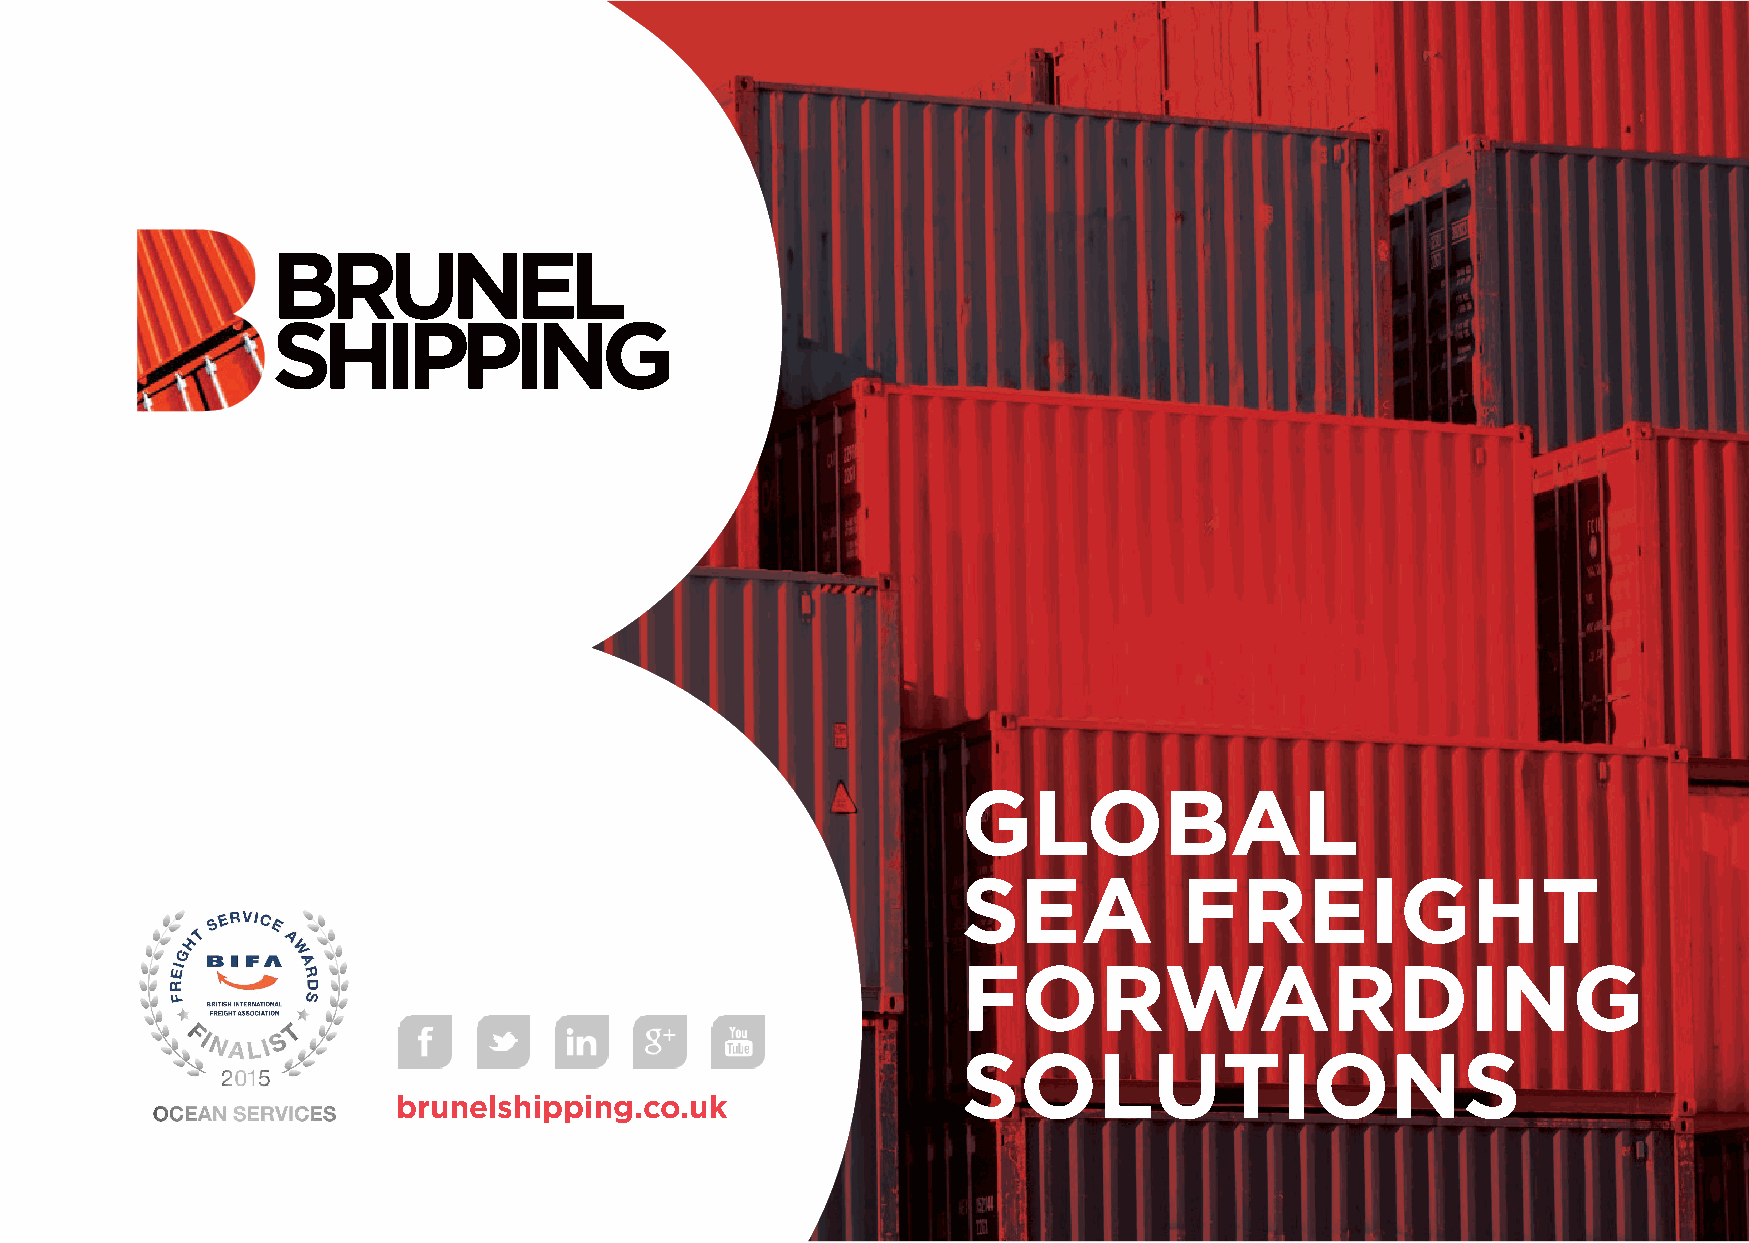
GLOBAL
 SEA           FREIGHT
 FORWARDING
 SOLUTIONS
 brunelshipping.co.uk
 BRUNEL_SHIPPING_CompanyPresentation_2018_V1.indd 1                                                          23/10/2018 15:44